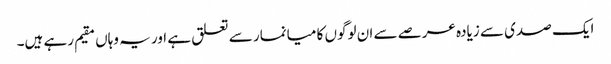
ایک صدی سے زیادہ عرصے سے ان لوگوں کا میانمار سے تعلق ہے اور یہ وہاں مقیم رہے ہیں۔